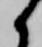
候